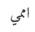
اممي